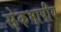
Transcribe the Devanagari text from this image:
सेेकभाषीय